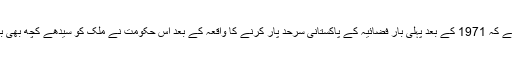
اس کو سب نے نوٹ کیا ہے کہ 1971 کے بعد پہلی بار فضائیہ کے پاکستانی سرحد پار کرنے کا واقعہ کے بعد اس حکومت نے ملک کو سیدھے کچھ بھی بتانا ضروری نہیں سمجھا۔